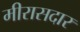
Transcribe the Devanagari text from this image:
मीरासदार